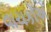
વાચકોએ